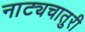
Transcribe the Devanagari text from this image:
नाट्यचातुरी